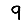
Digit: 9